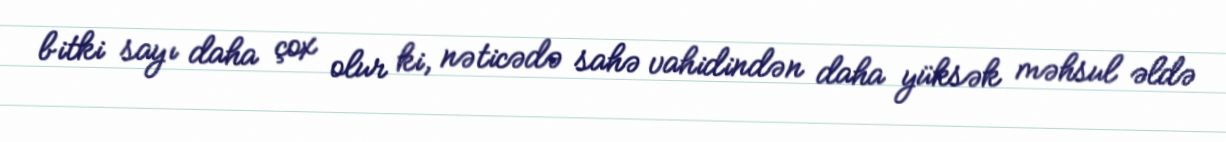
bitki sayı daha çox olur ki, nəticədə sahə vahidindən daha yüksək məhsul əldə